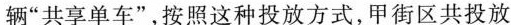
辆”共享单车”，按照这种投放方式，甲街区共投放